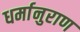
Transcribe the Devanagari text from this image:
धर्मानुराण